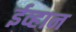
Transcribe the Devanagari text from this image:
ईव्हान